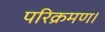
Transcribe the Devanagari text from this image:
परिक्रमण।